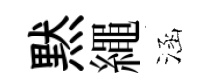
黙繩涵